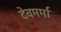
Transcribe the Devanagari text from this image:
देवमर्मा